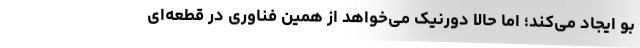
بو ایجاد می‌کند؛ اما حالا دورنیک می‌خواهد از همین فناوری در قطعه‌ا‌ی